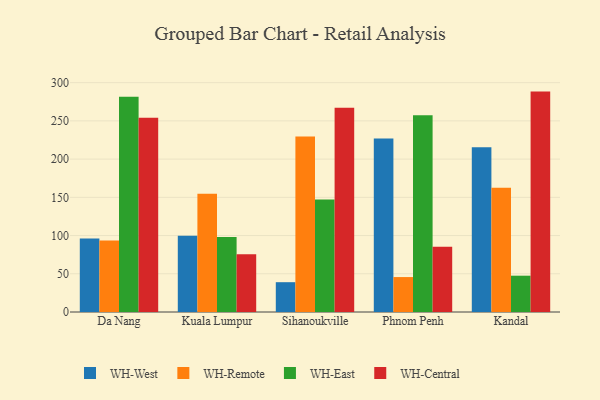
{"axis": {"x": "City", "y": "Latency (ms)"}, "legend": ["WH-Central", "WH-East", "WH-Remote", "WH-West"], "data": [{"x": "Da Nang", "y": 96.0, "type": "WH-West"}, {"x": "Da Nang", "y": 93.5, "type": "WH-Remote"}, {"x": "Da Nang", "y": 281.7, "type": "WH-East"}, {"x": "Da Nang", "y": 254.1, "type": "WH-Central"}, {"x": "Kuala Lumpur", "y": 99.6, "type": "WH-West"}, {"x": "Kuala Lumpur", "y": 154.7, "type": "WH-Remote"}, {"x": "Kuala Lumpur", "y": 98.1, "type": "WH-East"}, {"x": "Kuala Lumpur", "y": 75.5, "type": "WH-Central"}, {"x": "Sihanoukville", "y": 39.0, "type": "WH-West"}, {"x": "Sihanoukville", "y": 229.7, "type": "WH-Remote"}, {"x": "Sihanoukville", "y": 147.2, "type": "WH-East"}, {"x": "Sihanoukville", "y": 267.3, "type": "WH-Central"}, {"x": "Phnom Penh", "y": 227.1, "type": "WH-West"}, {"x": "Phnom Penh", "y": 45.7, "type": "WH-Remote"}, {"x": "Phnom Penh", "y": 257.4, "type": "WH-East"}, {"x": "Phnom Penh", "y": 85.4, "type": "WH-Central"}, {"x": "Kandal", "y": 215.6, "type": "WH-West"}, {"x": "Kandal", "y": 162.4, "type": "WH-Remote"}, {"x": "Kandal", "y": 47.5, "type": "WH-East"}, {"x": "Kandal", "y": 288.3, "type": "WH-Central"}]}